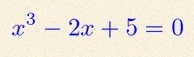
x^3-2x+5=0